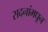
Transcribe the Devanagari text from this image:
सदनांमधून